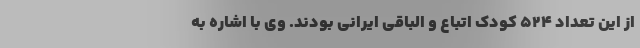
از این تعداد ۵۲۴ کودک اتباع و الباقی ایرانی بودند. وی با اشاره به